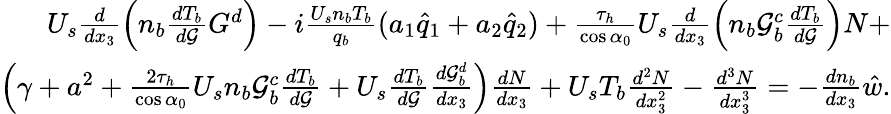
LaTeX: \begin{array}{r}{U_{s}\frac{d}{dx_{3}}\left(n_{b}\frac{dT_{b}}{d\mathcal{G}}G^{d}\right)-i\frac{U_{s}n_{b}T_{b}}{q_{b}}(a_{1}\hat{q}_{1}+a_{2}\hat{q}_{2})+\frac{\tau_{h}}{\cos{\alpha}_{0}}U_{s}\frac{d}{dx_{3}}\left(n_{b}\mathcal{G}_{b}^{c}\frac{dT_{b}}{d\mathcal{G}}\right)N+}\\ {\left(\gamma+a^{2}+\frac{2\tau_{h}}{\cos{\alpha}_{0}}U_{s}n_{b}\mathcal{G}_{b}^{c}\frac{dT_{b}}{d\mathcal{G}}+U_{s}\frac{dT_{b}}{d\mathcal{G}}\frac{d\mathcal{G}_{b}^{d}}{dx_{3}}\right)\frac{dN}{dx_{3}}+U_{s}T_{b}\frac{d^{2}N}{dx_{3}^{2}}-\frac{d^{3}N}{dx_{3}^{3}}=-\frac{dn_{b}}{dx_{3}}\hat{w}.}\end{array}